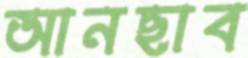
আনছাব